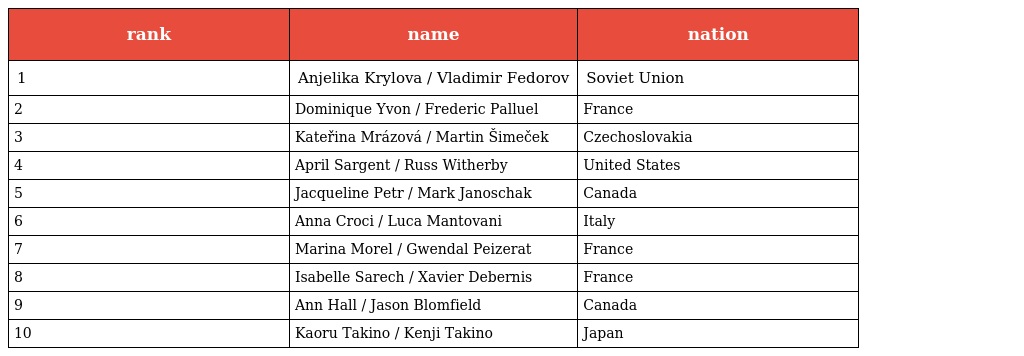
| rank | name | nation |
 | --- | --- | --- |
 | 1 | Anjelika Krylova / Vladimir Fedorov | Soviet Union |
 | 2 | Dominique Yvon / Frederic Palluel | France |
 | 3 | Kateřina Mrázová / Martin Šimeček | Czechoslovakia |
 | 4 | April Sargent / Russ Witherby | United States |
 | 5 | Jacqueline Petr / Mark Janoschak | Canada |
 | 6 | Anna Croci / Luca Mantovani | Italy |
 | 7 | Marina Morel / Gwendal Peizerat | France |
 | 8 | Isabelle Sarech / Xavier Debernis | France |
 | 9 | Ann Hall / Jason Blomfield | Canada |
 | 10 | Kaoru Takino / Kenji Takino | Japan |